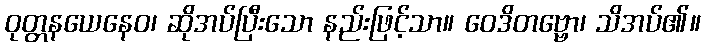
ဝုတ္တနယေနေဝ၊ ဆိုအပ်ပြီးသော နည်းဖြင့်သာ။ ဝေဒိတဗ္ဗော၊ သိအပ်၏။